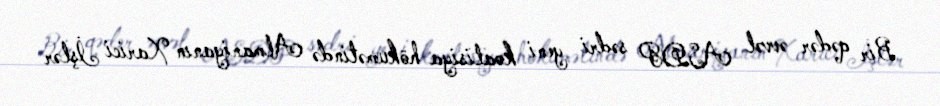
Bir qədər əvvəl ASDP sədri yeni koalisiya hökumətində Almaniyanın Xarici İşlər